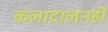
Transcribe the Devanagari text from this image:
कलादालनही